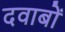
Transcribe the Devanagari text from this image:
दवाबों